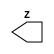
`timescale 1ns/1ps
`celldefine
module TIEH (Z);
output Z;



endmodule
`endcelldefine